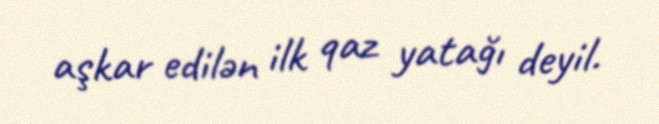
aşkar edilən ilk qaz yatağı deyil.